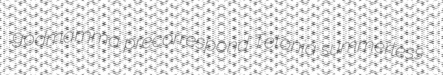
godmamma precorrespond Tetonia summerless